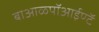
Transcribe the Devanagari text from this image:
बाआळ्पॉआईण्टॅ